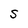
Character: S